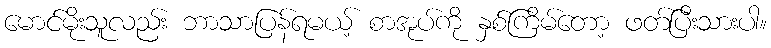
မောင်မိုးသူလည်း ဘာသာပြန်ရမယ့် စာအုပ်ကို နှစ်ကြိမ်တော့ ဖတ်ပြီးသားပါ။